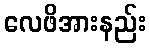
လေဖိအားနည်း